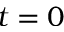
t = 0